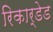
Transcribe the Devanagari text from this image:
रिकार्डेड